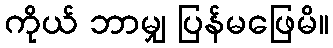
ကိုယ် ဘာမျှ ပြန်မဖြေမိ။